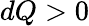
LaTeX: dQ>0